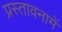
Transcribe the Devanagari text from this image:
प्रस्‍तावनामें